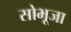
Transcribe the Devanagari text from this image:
सोभूजा